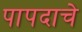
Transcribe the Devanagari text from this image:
पापदाचे